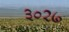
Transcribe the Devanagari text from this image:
३०२७